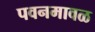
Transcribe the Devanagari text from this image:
पवनमावळ